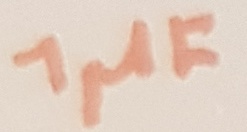
Text: 1µF